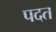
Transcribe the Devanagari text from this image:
पदत